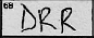
Transcription: DRR